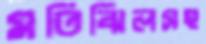
মতিঝিলসহ